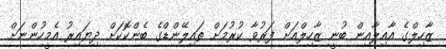
ޒާހިލްގެ އާއިލާއިން ބުނީ ޒާހިލްއަށް ފަރުވާ ކުރުމަށް ތައިލޭންޑްގެ ބެންކޮކަށް ދިޔައިރު އެމީހުންނަށް